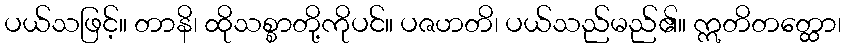
ပယ်သဖြင့်။ တာနိ၊ ထိုသစ္စာတို့ကိုပင်။ ပဇဟတိ၊ ပယ်သည်မည်၏။ ဣတိတတ္ထော၊